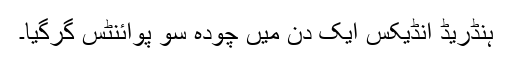
ہنڈریڈ انڈیکس ایک دن میں چودہ سو پوائنٹس گرگیا۔